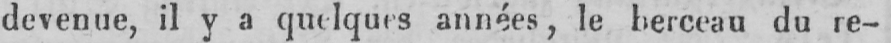
devenue, il y a quelques années, le berceau du re-